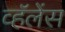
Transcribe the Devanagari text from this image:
व्हॅलेंस